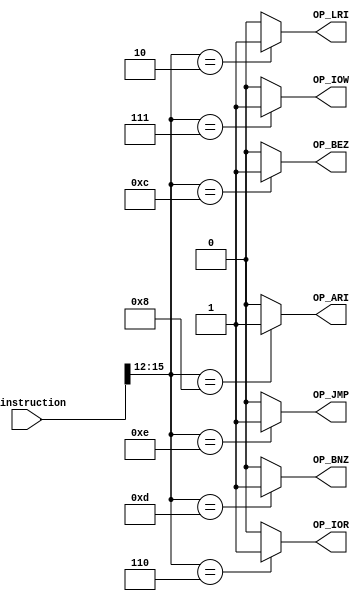
module OpcodeDecoder (
    input [15:0] i_instruction,

    output wire OP_LRI,
    output wire OP_IOR,
    output wire OP_IOW,
    output wire OP_ARI,
    output wire OP_BEZ,
    output wire OP_BNZ,
    output wire OP_JMP
);
    wire [3:0] opcode = i_instruction[15:12];

    assign OP_LRI = (opcode == 4'b0010) ? 1 : 0;
    assign OP_IOR = (opcode == 4'b0110) ? 1 : 0;
    assign OP_IOW = (opcode == 4'b0111) ? 1 : 0;
    assign OP_ARI = (opcode == 4'b1000) ? 1 : 0;
    assign OP_BEZ = (opcode == 4'b1100) ? 1 : 0;
    assign OP_BNZ = (opcode == 4'b1101) ? 1 : 0;
    assign OP_JMP = (opcode == 4'b1110) ? 1 : 0;
endmodule